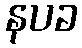
နပခ